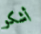
أشكو